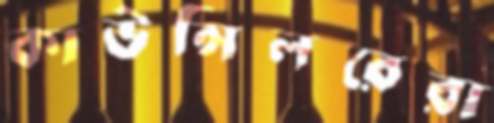
কাউন্সিলরেরা